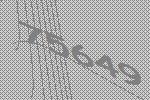
75649